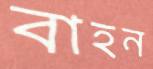
বাহন